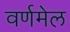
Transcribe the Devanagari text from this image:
वर्णमेल